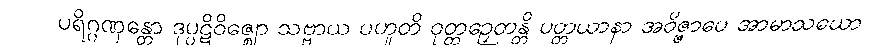
ပရိဂ္ဂဏှန္တော ဒုပ္ပဋိဝိဇ္ဈော သဗ္ဗာယ ပဟူတိ ဝုတ္တဉှေတန္တိ ပတ္တယာနာ အဝိဇ္ဇာပေ အာမာသယော